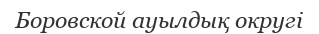
Боровской ауылдық округі